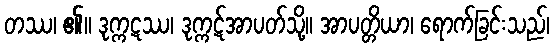
တဿ၊ ၏။ ဒုက္ကဋဿ၊ ဒုက္ကဋ်အာပတ်သို့။ အာပတ္တိယာ၊ ရောက်ခြင်းသည်၊